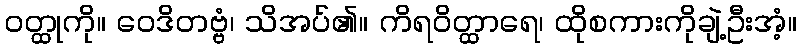
ဝတ္ထုကို။ ဝေဒိတဗ္ဗံ၊ သိအပ်၏။ ကိရဝိတ္ထာရေ၊ ထိုစကားကိုချဲ့ဦးအံ့။